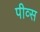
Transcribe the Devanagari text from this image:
पीव्स